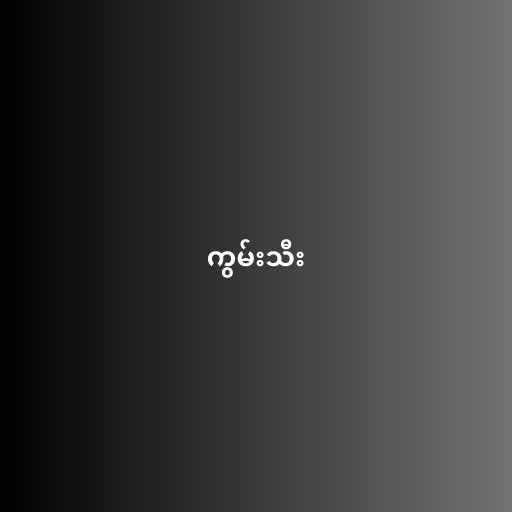
ကွမ်းသီး